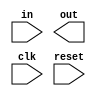
module f1_test(in, out, clk, reset);
input in, reset;
output reg out;
input clk;
reg signed [3:0] a;
reg signed [3:0] b;
reg signed [3:0] c;
reg [5:0] d;
reg [5:0] e;

always @(clk or reset) begin
    a = -4;
    b = 2;
    c = a + b;
    d = a + b + c;
    d = d*d;
    if(b)
        e = d*d;
    else 
        e = d + d;
end
endmodule